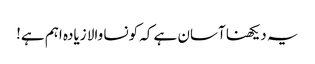
یہ دیکھنا آسان ہے کہ کونسا والا زیادہ اہم ہے!